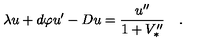
\lambda u + d \varphi u ^ { \prime } - D u = { \frac { u ^ { \prime \prime } } { 1 + V _ { * } ^ { \prime \prime } } } \quad .